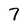
Character: 7